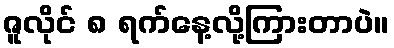
ဇူလိုင် ၈ ရက်နေ့လို့ကြားတာပဲ။